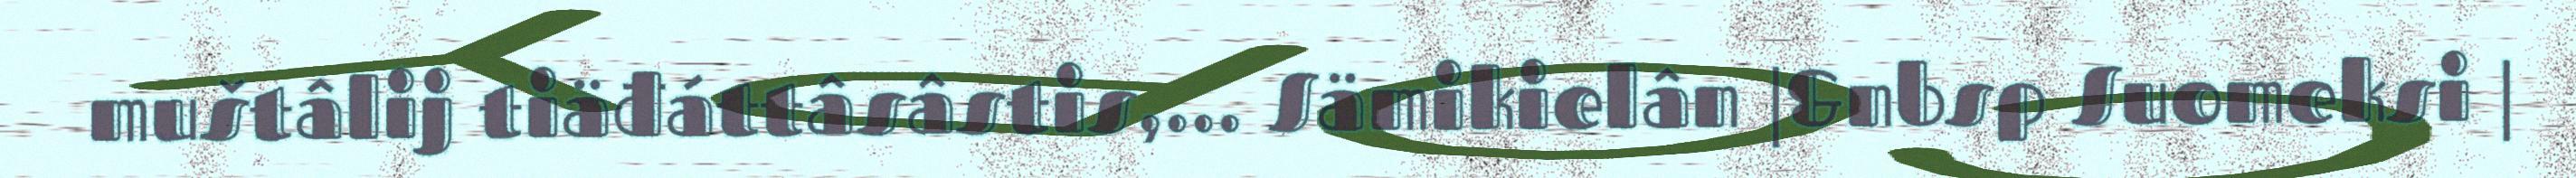
muštâlij tiäđáttâsâstis,... Sämikielân |&nbsp Suomeksi |